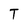
Character: T